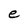
Character: e